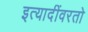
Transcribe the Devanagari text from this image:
इत्यादींवरतो